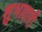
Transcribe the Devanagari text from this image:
शुभावारी